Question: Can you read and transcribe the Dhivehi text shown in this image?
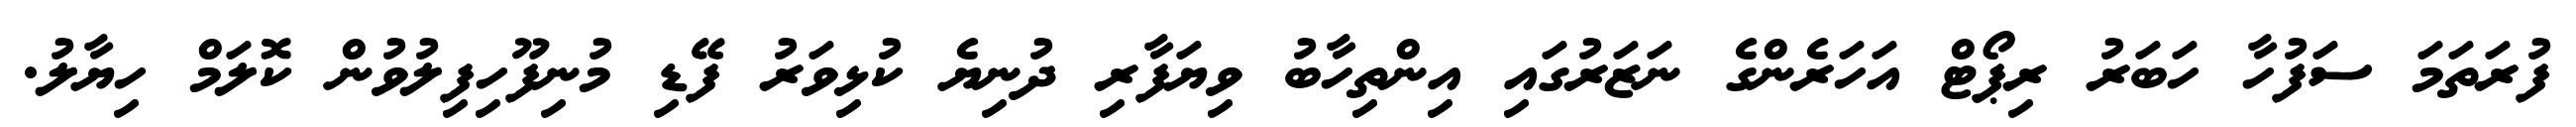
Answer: ފުރަތަމަ ސަފުހާ ހަބަރު ރިޕޯޓް އަހަރެންގެ ނަޒަރުގައި އިންތިހާބު ވިޔަފާރި ދުނިޔެ ކުޅިވަރު ފޭޑި މުނިފޫހިފިލުވުން ކޮލަމް ހިޔާލު.